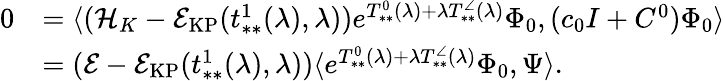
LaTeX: \begin{array}{rl}{0}&{=\langle(\mathcal{H}_{K}-\mathcal{E}_{\mathrm{KP}}(t_{**}^{1}(\lambda),\lambda))e^{T_{**}^{0}(\lambda)+\lambda T_{**}^{\angle}(\lambda)}\Phi_{0},(c_{0}I+C^{0})\Phi_{0}\rangle}\\ &{=(\mathcal{E}-\mathcal{E}_{\mathrm{KP}}(t_{**}^{1}(\lambda),\lambda))\langle e^{T_{**}^{0}(\lambda)+\lambda T_{**}^{\angle}(\lambda)}\Phi_{0},\Psi\rangle.}\end{array}